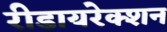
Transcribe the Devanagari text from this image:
रीडायरेक्शन